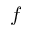
f